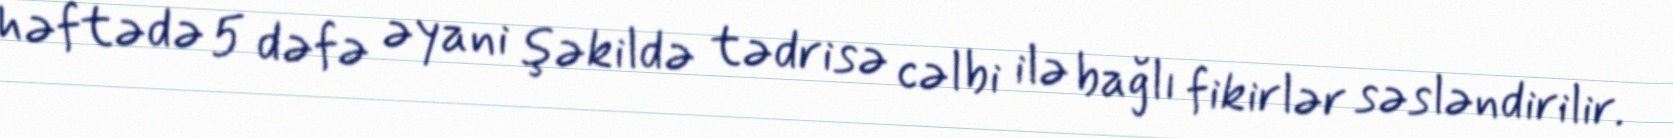
həftədə 5 dəfə əyani şəkildə tədrisə cəlbi ilə bağlı fikirlər səsləndirilir.